Vaccination in Bombay 1902-1912 - 1902-1912
Year: 1902
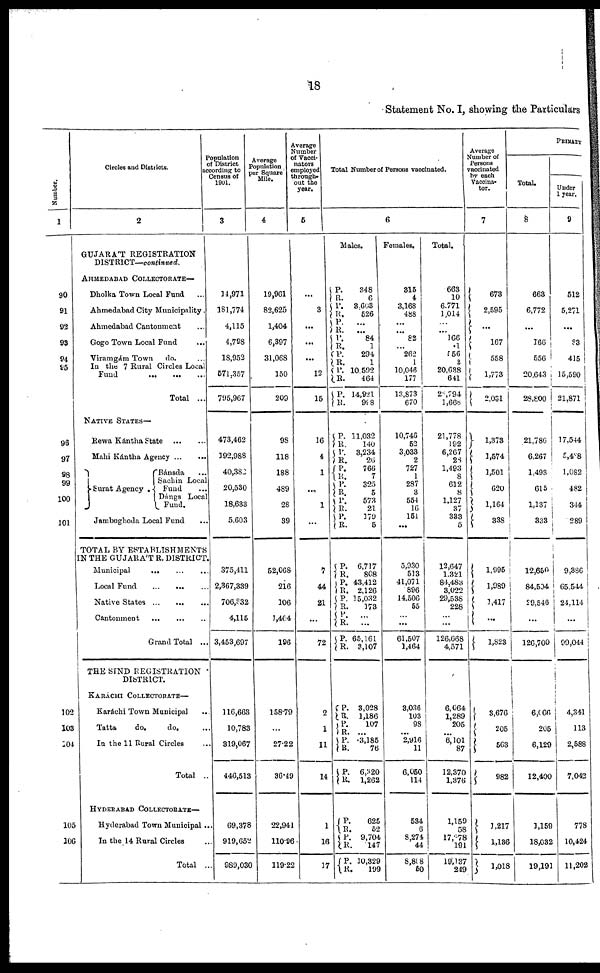
18
Statement No. I, showing the Particulars
Number.
1
90
91
92
93
94
95
96
97
98
99
100
101
102
103
104
105
106
Circles and Districts.
2
GUJARÁT REGISTRATION
DISTRICT—continued.
AHMEDABAD COLLECTORATE—
Dholka Town Local Fund ...
Ahmedabad City Municipality.
Ahmedabad Cantonment ...
Gogo Town Local Fund ...
Viramgám Town
do. ...
In the 7 Rural Circles Local
Fund
...
...
...
Total ...
NATIVE STATES—
Rewa Kántha State
...
...
Mahi Kántha Agency
...
...
Surat Agency .
Bánsda ...
Sachin Local
Fund ...
Dángs Local
Fund.
Jambughoda Local Fund ...
TOTAL BY ESTABLISHMENTS
IN THE GUJARÁTR DISTRICT.
Municipal
...
...
...
Local Fund
...
...
...
Native States
...
...
Cantonment
...
...
...
Grand Total ...
THE SIND REGISTRATION
DISTRICT.
KARÁCHI COLLECTORATE—
Karáchi Town Municipal ...
Tatta
do.
do. ...
In the 11 Rural Circles ...
Total ..
HYDERABAD COLLECTORATE—
Hyderabad Town Municipal ...
In the 14 Rural Circles ...
Total ...
Population
of District
according to
Census of
1901.
3
14,971
181,774
4,115
4,798
18,952
571,357
795,967
473,462
192,988
40,382
20,530
18,633
5,603
375,411
2,367,339
706,832
4,115
3,453,697
116,663
10,783
319,067
446,513
69,378
919,652
989,030
Average
Population
per Square
Mile.
4
19,961
82,625
1,404
6,397
31,068
150
209
98
118
188
489
28
39
52,068
216
106
1,404
196
158.79
...
27.22
36.49
22,941
110.96
119.22
Average
Number
of Vacci-
nators
employed
through-
out the
year.
5
...
3
...
...
...
12
15
16
4
1
...
1
...
7
44
21
...
72
2
1
11
14
1
16
17
Total Number of Persons vaccinated.
6
Males.
P.
R.
P.
R. P.
R.
P.
R. P.
R.
P.
R.
P.
R.
P.
R.
P.
R.
P. R.
P.
R.
P.
R.
P.
R.
P.
R.
P.
R.
P. R.
P.
R.
P.
R.
P.
R.
P.
R.
P.
R.
P.
R.
P.
R.
P.
R.
P.
R.
348
6
3,603
526
...
...
84
1
294
1
10,592
464
14,921
998
11,032
140
3,234
26
766
7
325
5
573
21
179
5
6,717
808
43,412
2,126
15,032
173
...
...
65,161
3,107
3,028
1,186
107
...
3,185
76
6,320
1,262
625
52
9,704
147
10,329
199
Females.
315
4
3,168
488
...
...
82
...
262
1
10,046
177
13,873
670
10,746
52
3,033
2
727
1
287
3
554
16
154
...
5,930
513
41,071
896
14,506
55
...
...
61,507
1,464
3,036
103
98
...
2,916
11
6,050
114
534
6
8,274
44
8,808
50
Total.
663
10
6,771
1,014
...
...
166
1
556
2
20,638
641
28,794
1,668
21,778
192
6,267
23
1,493
8
612
8
1,127
37
333
5
12,647
1,321
84,483
3,022
29,538
228
...
...
126,668
4,571
6,064
1,289
205
...
6,101
87
12,370
1,376
1,159
58
17,878
191
19,137
249
Average
Number of
Persons
vaccinated
by each
Vaccina-
tor.
7
673
2,595
...
167
558
1,773
2,031
1,373
1,574
1,501
620
1,164
338
1,995
1,989
1,417
...
1,823
3,676
205
563
982
1,217
1,136
1,018
PRIMARY
Total.
8
663
6,772
...
166
556
20,643
28,800
21,786
6,267
1,493
615
1,137
333
12,650
84,504
29,546
...
126,700
6,066
205
6,129
12,400
1,159
18,032
19,191
Under
1 year.
9
512
5,271
...
83
415
15,590
21,871
17,544
5,488
1,082
482
344
289
9,386
65,544
24,114
...
99,044
4,341
113
2,588
7,042
778
10,424
11,202